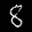
Label: 8